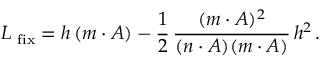
{ \cal L } _ { \mathrm { \small ~ { f i x } } } = h \, ( m \cdot A ) - \frac { 1 } { 2 } \, \frac { ( m \cdot A ) ^ { 2 } } { ( n \cdot A ) ( m \cdot A ) } \, h ^ { 2 } \, .